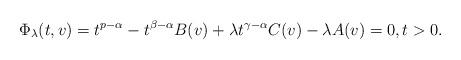
LaTeX: \begin{align*} \Phi_\lambda(t,v) = t^{p-\alpha} - t^{\beta-\alpha} B(v) + \lambda t^{\gamma-\alpha} C(v) - \lambda A(v) = 0, t > 0.\end{align*}